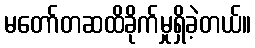
မတော်တဆထိခိုက်မှုရှိခဲ့တယ်။